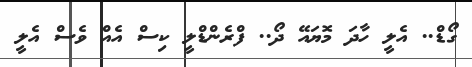
ގޯޑް.. އެލީ ހާދަ މޮޔައޭ ދޯ.. ފްރެންޑްލީ ކިސް އެއް ވެސް އެލީ